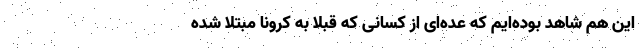
این هم شاهد بوده‌ایم که عده‌ای از کسانی که قبلاً به کرونا مبتلا شده